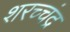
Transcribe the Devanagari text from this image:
शरच्चंंद्र